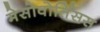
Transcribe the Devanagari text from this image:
मेसोवोर्तिसस